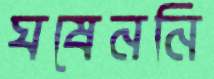
ঘষেননি